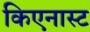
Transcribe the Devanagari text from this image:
किएनास्ट